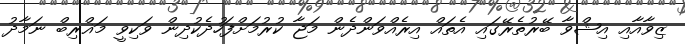
ޒިވާއާއި އިޝްވާ ބޭރުތެރޭގައި އެތައް އިރެއްވަންދެން މަޖާ ކުރުމަށްފަހުދެކުދިން ވަކިވީ މަޣްރިބް ނަމާދު